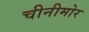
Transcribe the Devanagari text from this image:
चीनीमोर